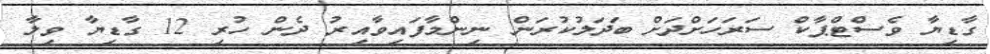
ގާޑިޔާ ވެސްޓްޕާކް ސަރަހަށްދަށް ބަދަލުކުރަން ނިންމާފައިވާއިރު ދެން ހުރި 12 ގާޑިޔާ ވިލާ